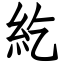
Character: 紇